Report on enteric fever
Disease focus: Fever
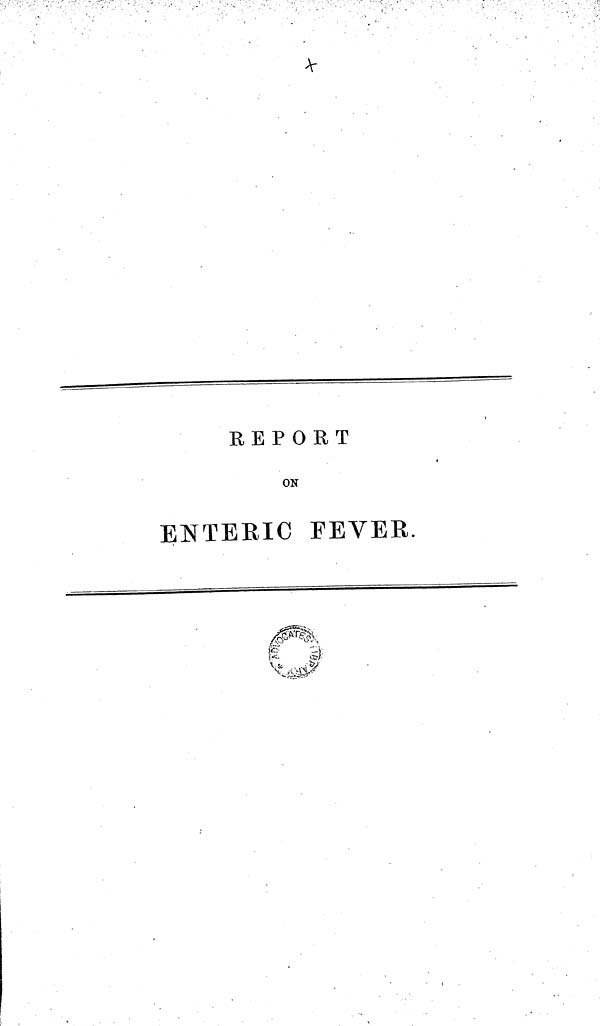
REPORT
ON
ENTERIC FEVER.